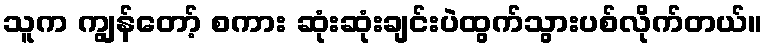
သူက ကျွန်တော့် စကား ဆုံးဆုံးချင်းပဲထွက်သွားပစ်လိုက်တယ်။